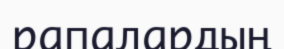
рапалардың